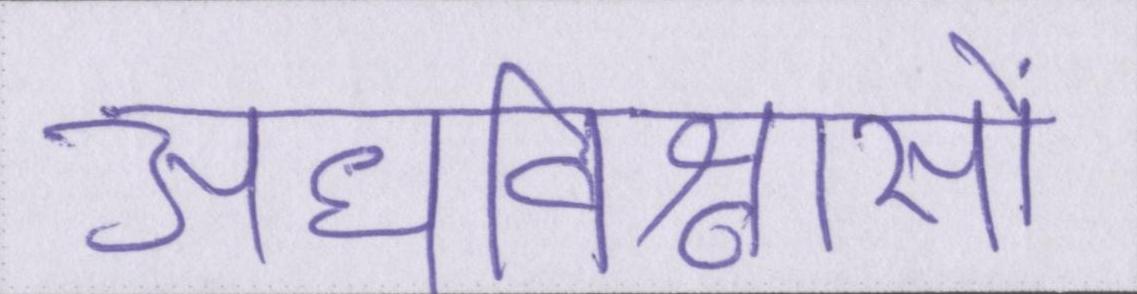
अंधविश्वासों